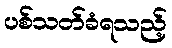
ပစ်သတ်ခံရသည့်